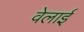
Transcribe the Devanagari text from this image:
वेलाई